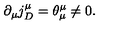
\partial _ { \mu } j _ { D } ^ { \mu } = \theta _ { \mu } ^ { \mu } \neq 0 .